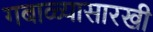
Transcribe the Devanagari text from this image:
गबाळ्यासारखी